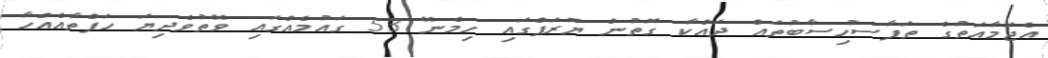
އެޖަމާއަތުގެ ތަފާސުހިސާބުތައް ދައްކާ ގޮތުން ޔޫރަޕްގައި ހިމެނޭ 53 ގައުމެއްގައި ވޭތުވެދިޔަ ހަފްތާއެއްހާ